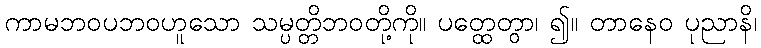
ကာမဘဝပဘဝဟူသော သမ္ပတ္တိဘဝတို့ကို။ ပတ္ထေတွာ၊ ၍။ တာနေဝ ပုညာနိ၊